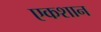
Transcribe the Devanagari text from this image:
एकशान